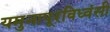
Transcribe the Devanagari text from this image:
यमुनापूरविध्वंसी